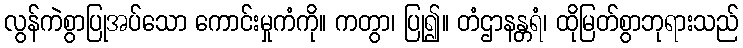
လွန်ကဲစွာပြုအပ်သော ကောင်းမှုကံကို။ ကတွာ၊ ပြု၍။ တံဌာနန္တရံ၊ ထိုမြတ်စွာဘုရားသည်